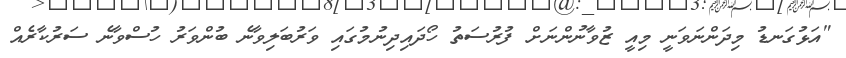
"އަޅުގަނޑު މިދަންނަވަނީ މިއީ ޒުވާނުންނަށް ފުރުސަތު ހޯދައިދިނުމުގައި ވަރުބަލިވާނެ ބުންވަރު ހުސްވާނެ ސަރުކާރެއް